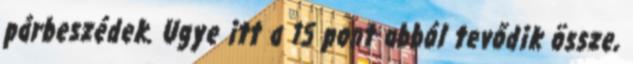
párbeszédek. Ugye itt a 15 pont abból tevődik össze,